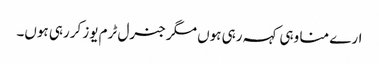
ارے منا وہی کہہ رہی ہوں مگر جنرل ٹرم یوز کررہی ہوں۔